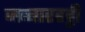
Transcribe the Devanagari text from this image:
जब्‍बारहट्टी